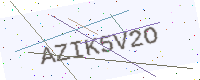
Text: AZIK5V2O